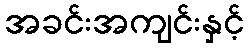
အခင်းအကျင်းနှင့်